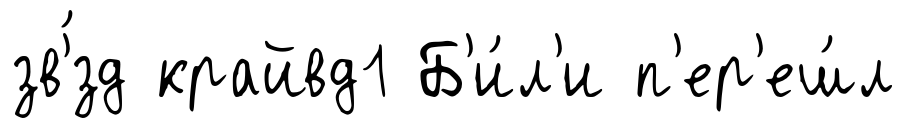
зв'́зд крайвд1 Б'и́л'и п'ер'еш́л